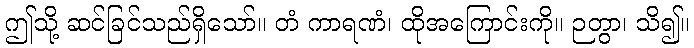
ဤသို့ ဆင်ခြင်သည်ရှိသော်။ တံ ကာရဏံ၊ ထိုအကြောင်းကို။ ဉတွာ၊ သိ၍။